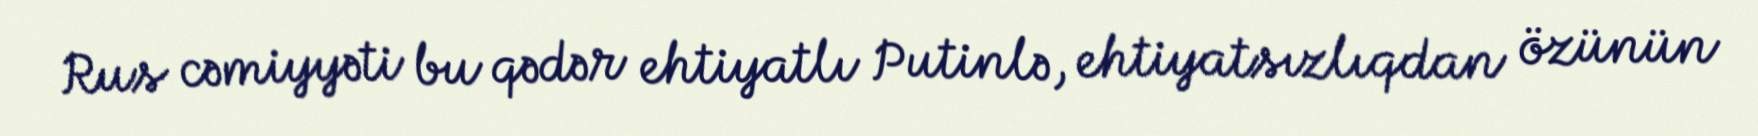
Rus cəmiyyəti bu qədər ehtiyatlı Putinlə, ehtiyatsızlıqdan özünün